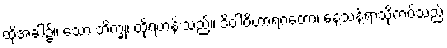
ထိုအခါ၌။ သော ဘိက္ခု၊ ထိုရဟန်းသည်။ ဒိဝါဝိဟာရဂတော၊ နေ့သန့်ရာသို့ကပ်သည်